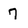
Character: 7